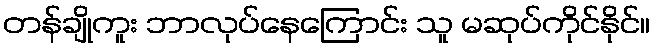
တန်ချိုကူး ဘာလုပ်နေကြောင်း သူ မဆုပ်ကိုင်နိုင်။